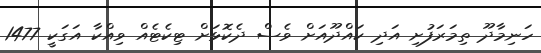
ހަނިމާދޫ ތިމަރަފުށި އަދި ކައްދޫއަށް ވެސް ދެކޮޅަށް ޓިކެޓެއް ވިއްކާ އަގަކީ 1477